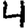
Digit: 4